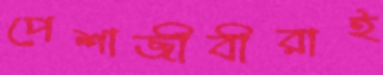
পেশাজীবীরাই